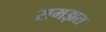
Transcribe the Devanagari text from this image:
समझत